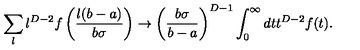
\sum _ { l } l ^ { D - 2 } f \left( \frac { l ( b - a ) } { b \sigma } \right) \to \left( \frac { b \sigma } { b - a } \right) ^ { D - 1 } \int _ { 0 } ^ { \infty } d t t ^ { D - 2 } f ( t ) .